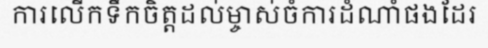
ការលើកទឹកចិត្តដល់ម្ចាស់ចំការដំណាំផងដែរ